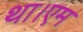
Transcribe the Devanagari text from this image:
था।एम